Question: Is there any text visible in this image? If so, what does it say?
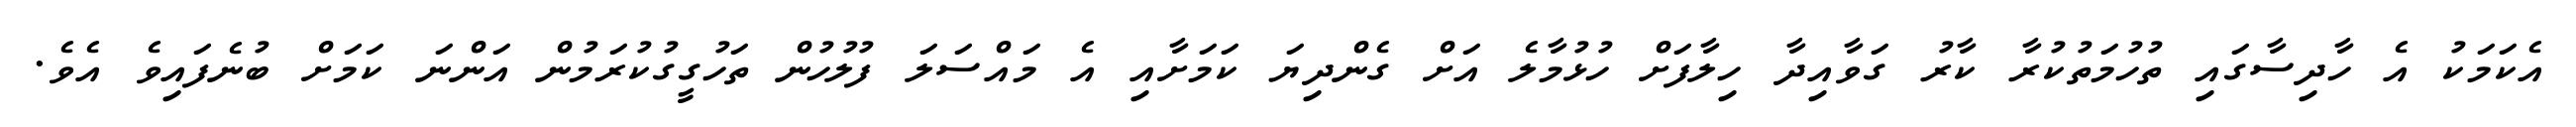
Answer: އެކަމަކު އެ ހާދިސާގައި ތުހުމަތުކުރާ ކާރު ގަވާއިދާ ހިލާފަށް ހުޅުމާލެ އަށް ގެންދިޔަ ކަމަށާއި އެ މައްސަލަ ފުލުހުން ތަހުގީގުކުރަމުން އަންނަ ކަމަށް ބުނެފައިވެ އެވެ.